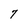
Character: 7